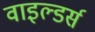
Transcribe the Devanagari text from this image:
वाइल्डर्स